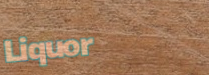
Liquor